Note on the mental hospitals in Burma - 1925-1940
Year: 1925
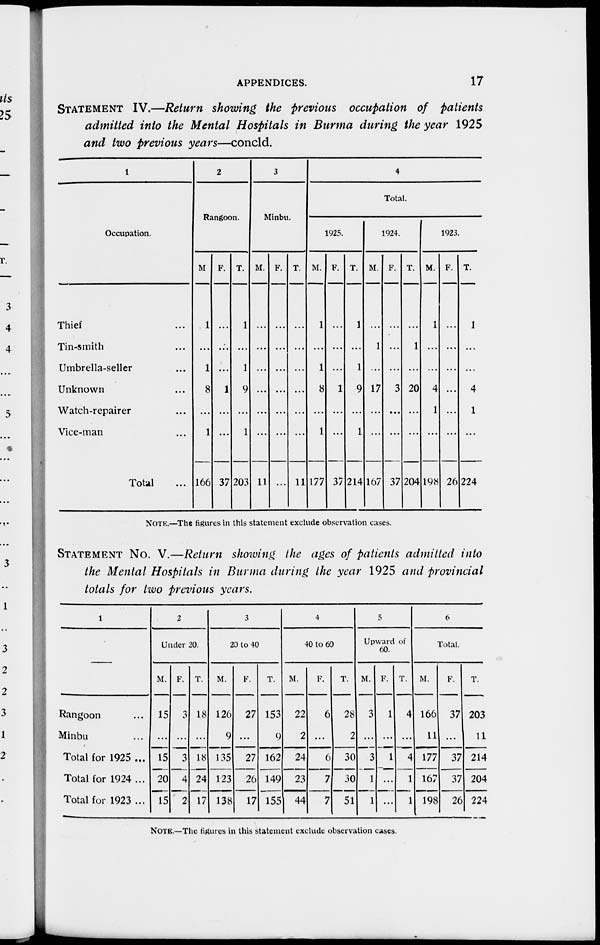
APPENDICES.
17
STATEMENT IV.—Return showing the previous occupation of patients
admitted into the Mental Hospitals in Burma during the year 1925
and two previous years—concld.
1
Occupation.
Thief ...
Tin-smith ...
Umbrella-seller ...
Unknown ...
Watch-repairer ...
Vice-man ...
Total ...
2
Rangoon.
M
1
...
1
8
...
1
166
F.
...
...
...
1
...
...
37
T.
1
...
1
9
...
1
203
3
Minbu.
M.
...
...
...
...
...
...
11
F.
...
...
...
...
...
...
...
T.
...
...
...
...
...
...
11
4
Total.
1925.
M.
1
...
1
8
...
1
177
F.
...
...
...
1
...
...
37
T.
1
...
1
9
...
1
214
1924.
M.
...
1
...
17
...
...
167
F.
...
...
...
3
...
...
37
T.
...
1
...
20
...
...
204
1923.
M.
1
...
...
4
1
...
198
F.
...
...
...
...
...
...
26
T.
1
...
...
4
1
...
224
NOTE.—The figures in this statement exclude observation cases.
STATEMENT No. V.—Return showing the ages of patients admitted into
the Mental Hospitals in Burma during the year 1925 and provincial
totals for two previous years.
1
Rangoon ...
Minbu ...
Total for 1925 ...
Total for 1924 ...
Total for 1923 ...
2
Under 20.
M.
15
...
15
20
15
F.
3
...
3
4
2
T.
18
...
18
24
17
3
20 to 40
M.
126
9
135
123
138
F.
27
...
27
26
17
T.
153
9
162
149
155
4
40 to 60
M.
22
2
24
23
44
F.
6
...
6
7
7
T.
28
2
30
30
51
5
Upward of
60.
M.
3
...
3
1
1
F.
1
...
1
...
...
T.
4
...
4
1
1
6
Total.
M.
166
11
177
167
198
F.
37
...
37
37
26
T.
203
11
214
204
224
NOTE.—The figures in this statement exclude observation cases.